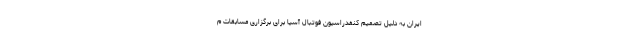
ایران به دلیل تصمیم کنفدراسیون فوتبال آسیا برای برگزاری مسابقات م